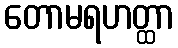
တောမရဟတ္ထာ